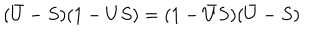
( \bar { U } - S ) ( 1 - U S ) = ( 1 - \bar { U } S ) ( \bar { U } - S )